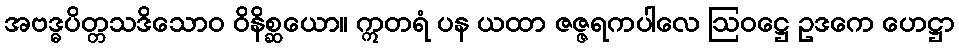
အဗဒ္ဓပိတ္တသဒိသောဝ ဝိနိစ္ဆယော။ ဣတရံ ပန ယထာ ဇဇ္ဇရကပါလေ ဩဝဋ္ဌေ ဥဒကေ ဟေဋ္ဌာ